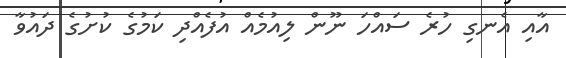
އާއި އެނގި ހުރެ ސައްހަ ނޫން ލިއުމެއް އުފެއްދި ކަމުގެ ކުށުގެ ދައުވާ